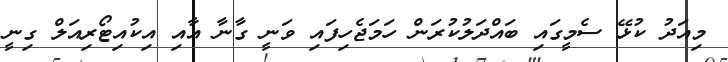
މިއަދު ކުޅޭ ސެމީގައި ބައްދަލުކުރަން ހަމަޖެހިފައި ވަނީ ގާނާ އާއި އިކުއިޓޯރިއަލް ގިނީ